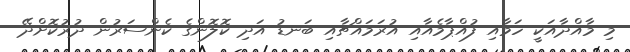
މި މާއްދާއަކީ ހަމާއި ފުއްޕާމެއާއި އުރަމައްޗާއި ބަނޑު އަދި ކޮލޮންގެ ކެންސަރުން ދުރުކޮށްދޭ